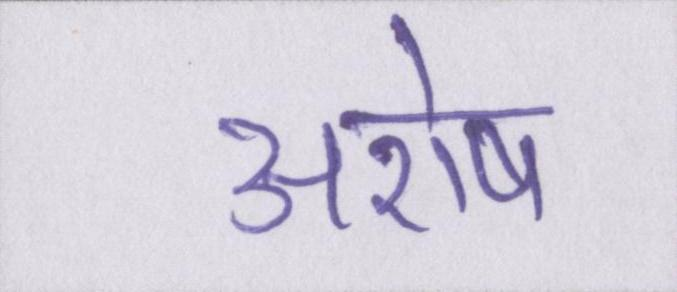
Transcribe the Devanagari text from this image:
अशेष